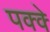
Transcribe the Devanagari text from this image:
पक्‍क्‍े